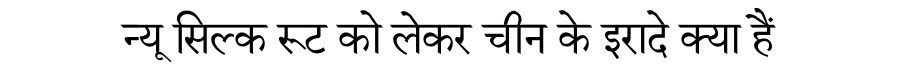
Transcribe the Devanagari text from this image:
न्यू सिल्क रूट को लेकर चीन के इरादे क्या हैं